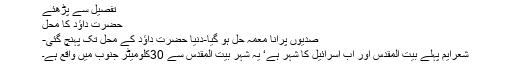
تفصیل سے پڑھئے
حضرت داؤد ؑکا محل
صدیوں پرانا معمہ حل ہو گیا-دنیا حضرت داؤد ؑکے محل تک پہنچ گئی-
شعرایم پہلے بیت المقدس اور اب اسرائیل کا شہر ہے‘ یہ شہر بیت المقدس سے 30کلومیٹر جنوب میں واقع ہے۔